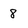
Character: 8